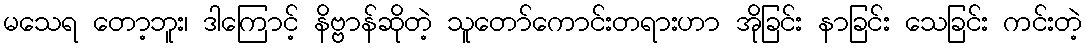
မသေရ တော့ဘူး၊ ဒါကြောင့် နိဗ္ဗာန်ဆိုတဲ့ သူတော်ကောင်းတရားဟာ အိုခြင်း နာခြင်း သေခြင်း ကင်းတဲ့